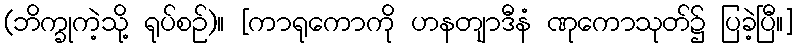
(ဘိက္ခုကဲ့သို့ ရုပ်စဉ်)။ [ကာရုကောကို ဟနတျာဒီနံ ဏုကောသုတ်၌ ပြခဲ့ပြီ။]